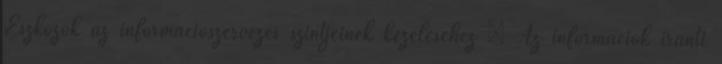
Eszközök az információszervezés szintjeinek kezeléséhez  Az információk iránti